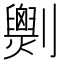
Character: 𠠧